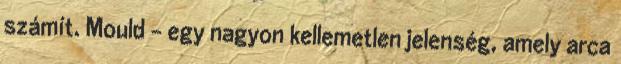
számít. Mould - egy nagyon kellemetlen jelenség, amely arca